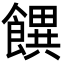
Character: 𩞫